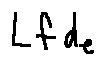
L f d _ { e }